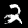
Label: 2